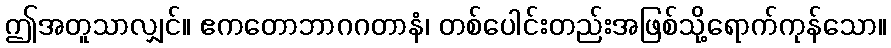
ဤအတူသာလျှင်။ ဧကတောဘာဂဂတာနံ၊ တစ်ပေါင်းတည်းအဖြစ်သို့ရောက်ကုန်သော။